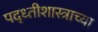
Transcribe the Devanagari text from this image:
पद्ध्तीशास्त्राच्या